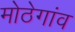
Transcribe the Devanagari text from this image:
मोठेगांव